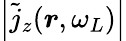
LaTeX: \left|\tilde{j}_{z}(\boldsymbol r,\omega_{L})\right|